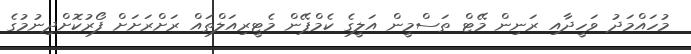
މުހައްމަދު ވަހީދާއި ރަނިން މޭޓް ތަސްމީން އަލީގެ ކެމްޕޭން މެޓީރިއަލްތައް ރަށްރަށަށް ފޯރުކޮށްދިނުމުގެ